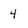
Character: 4